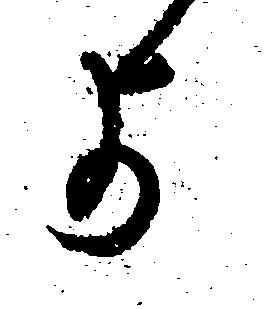
よ